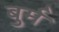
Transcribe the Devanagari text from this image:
बुर्म